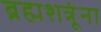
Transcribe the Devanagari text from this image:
ब्रह्मशत्रूंना